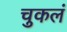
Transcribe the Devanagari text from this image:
चुकलं